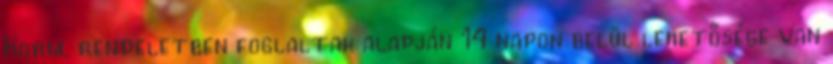
Korm. rendeletben foglaltak alapján 14 napon belül lehetősége van